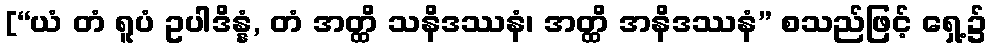
[“ယံ တံ ရူပံ ဥပါဒိန္နံ, တံ အတ္ထိ သနိဒဿနံ၊ အတ္ထိ အနိဒဿနံ” စသည်ဖြင့် ရှေ့၌